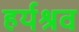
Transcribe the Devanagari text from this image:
हर्यश्रव